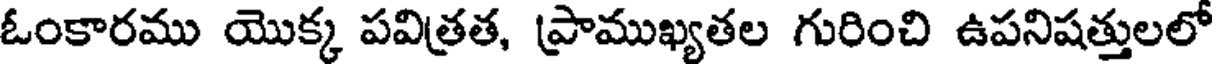
ఓంకారము యొక్క పవిత్రత, ప్రాముఖ్యతల గురించి ఉపనిషత్తులలో